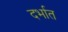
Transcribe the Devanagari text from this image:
दर्भात